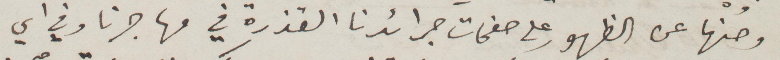
وصُنها عن الظهور على صفحات جرائدنا القذرة في مهاجرنا وفي أي